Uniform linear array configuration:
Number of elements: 8
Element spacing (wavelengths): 0.75
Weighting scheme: kaiser
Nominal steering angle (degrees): -30
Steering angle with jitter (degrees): -30.219
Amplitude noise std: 0.05
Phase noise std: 0.05

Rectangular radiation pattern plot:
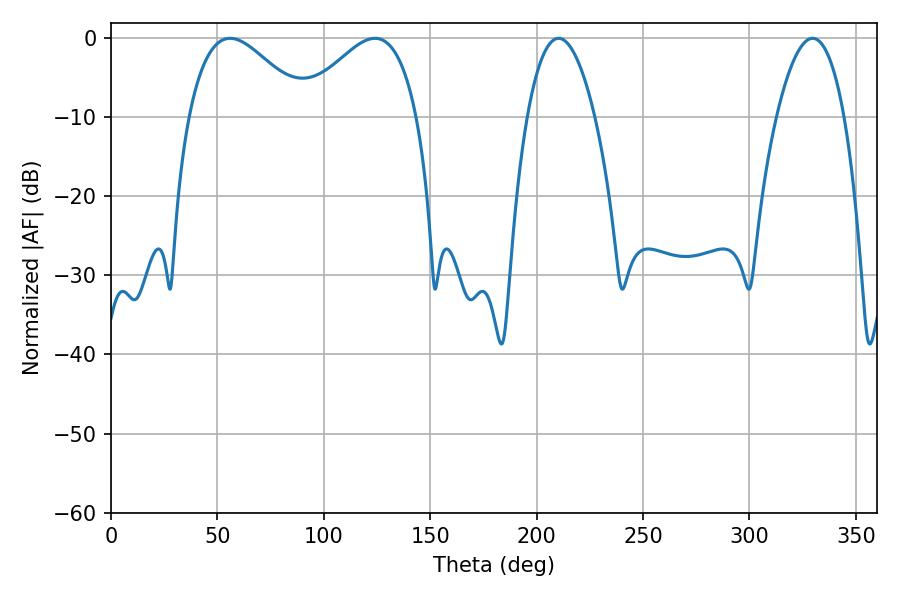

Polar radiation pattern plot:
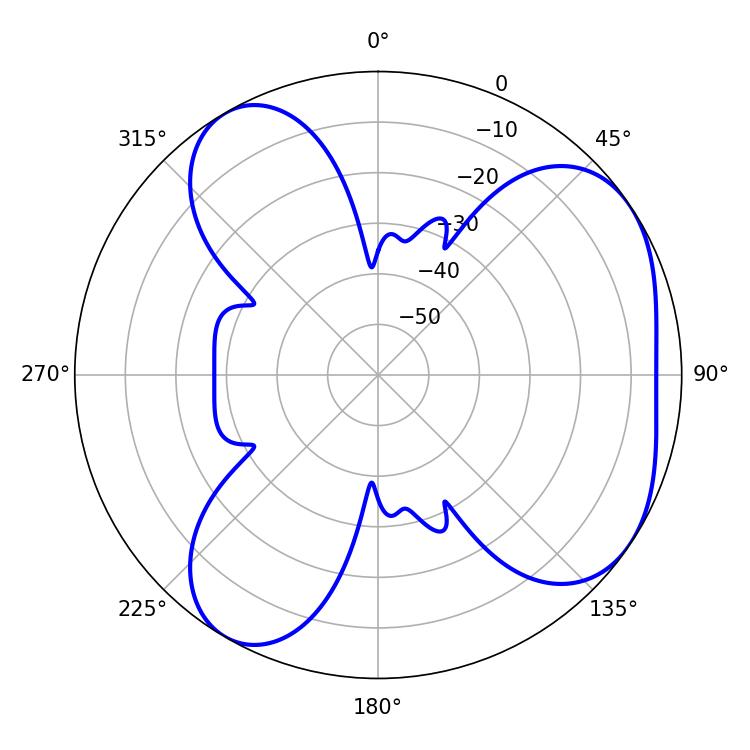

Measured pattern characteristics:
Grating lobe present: TRUE
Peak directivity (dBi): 5.048
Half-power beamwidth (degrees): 29.88
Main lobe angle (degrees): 55.98